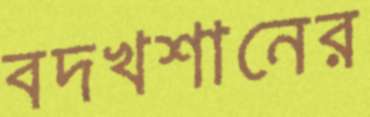
বদখশানের